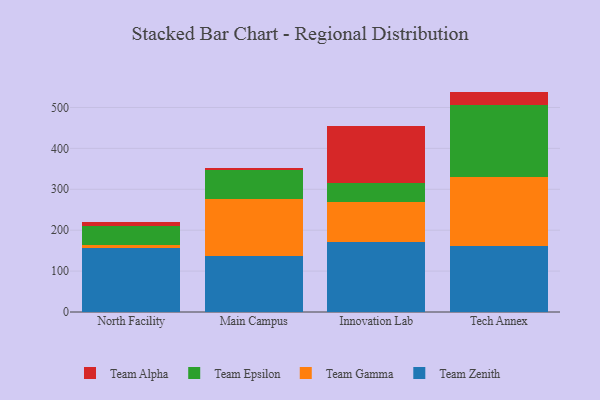
{"axis": {"x": "Campus", "y": "Temperature (°C)"}, "legend": ["Team Alpha", "Team Epsilon", "Team Gamma", "Team Zenith"], "data": [{"x": "North Facility", "y": 155.4, "type": "Team Zenith"}, {"x": "North Facility", "y": 9.5, "type": "Team Gamma"}, {"x": "North Facility", "y": 44.9, "type": "Team Epsilon"}, {"x": "North Facility", "y": 11.4, "type": "Team Alpha"}, {"x": "Main Campus", "y": 136.4, "type": "Team Zenith"}, {"x": "Main Campus", "y": 140.5, "type": "Team Gamma"}, {"x": "Main Campus", "y": 69.6, "type": "Team Epsilon"}, {"x": "Main Campus", "y": 5.3, "type": "Team Alpha"}, {"x": "Innovation Lab", "y": 171.8, "type": "Team Zenith"}, {"x": "Innovation Lab", "y": 96.0, "type": "Team Gamma"}, {"x": "Innovation Lab", "y": 47.5, "type": "Team Epsilon"}, {"x": "Innovation Lab", "y": 140.0, "type": "Team Alpha"}, {"x": "Tech Annex", "y": 162.5, "type": "Team Zenith"}, {"x": "Tech Annex", "y": 167.5, "type": "Team Gamma"}, {"x": "Tech Annex", "y": 175.6, "type": "Team Epsilon"}, {"x": "Tech Annex", "y": 33.2, "type": "Team Alpha"}]}